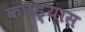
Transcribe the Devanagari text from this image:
कपड्यास